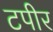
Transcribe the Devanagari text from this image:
टपीर